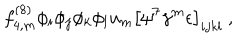
f _ { 4 , m } ^ { ( 8 ) } \phi _ { i } \phi _ { j } \phi _ { k } \phi _ { l } u _ { m } \left[ \psi ^ { 7 } \gamma ^ { m } \epsilon \right] _ { i j k l } \ ,